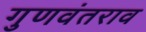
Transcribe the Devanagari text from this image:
गुणवंतराव